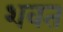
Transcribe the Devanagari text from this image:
शवत